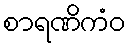
စာရဏိကံဝ